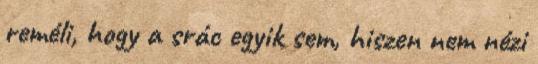
reméli, hogy a srác egyik sem, hiszen nem nézi